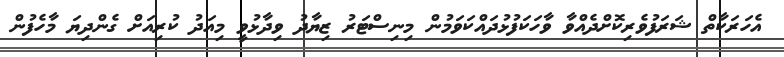
އެހަރަކާތް ޝަރަފުވެރިކޮށްދެއްވާ ވާހަކަފުޅުދައްކަވަމުން މިނިސްޓަރު ޒިޔާދު ވިދާޅުވީ މިއަދު ކުރިއަށް ގެންދިޔަ މާހެފުން